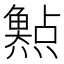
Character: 𤑰